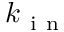
k _ { \mathrm { ~ i ~ n ~ } }